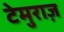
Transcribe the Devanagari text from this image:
टेमुराज़